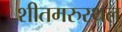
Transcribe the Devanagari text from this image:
शीतमरुस्थल